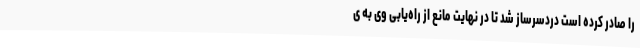
را صادر کرده است دردسرساز شد تا در نهایت مانع از راه‌یابی وی به ی